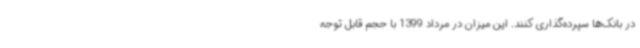
در بانک‌ها سپرده‌گذاری کنند. این میزان در مرداد 1399 با حجم قابل توجه